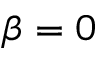
\beta = 0